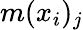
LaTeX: m({x}_{i})_{j}